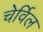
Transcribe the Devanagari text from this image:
चेर्विल